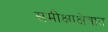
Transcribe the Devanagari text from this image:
समीक्षाक्षेत्रात